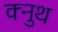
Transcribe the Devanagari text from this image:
क्नुथ